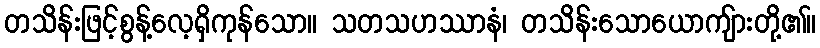
တသိန်းဖြင့်စွန့်လေ့ရှိကုန်သော။ သတသဟဿာနံ၊ တသိန်းသောယောကျ်ားတို့၏။